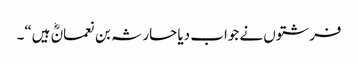
فرشتوں نے جواب دیا حارثہ بن نعمانؓ ہیں“۔